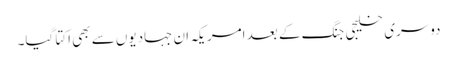
دوسری خلیجی جنگ کے بعد امریکہ ان جہادیوں سے بھی اکتا گیا۔